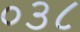
૦૩૮